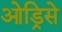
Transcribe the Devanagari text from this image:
ओड्रिसे